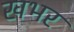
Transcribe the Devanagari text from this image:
खभर